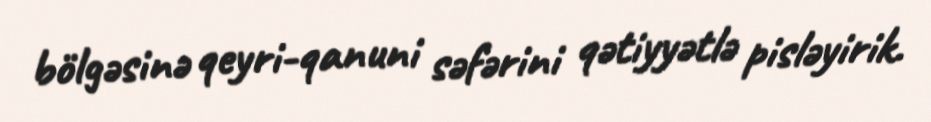
bölgəsinə qeyri-qanuni səfərini qətiyyətlə pisləyirik.